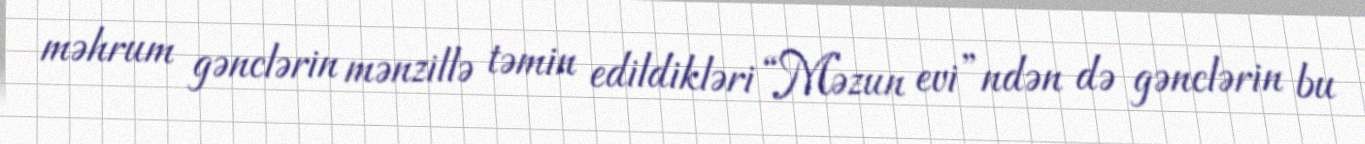
məhrum gənclərin mənzillə təmin edildikləri “Məzun evi”ndən də gənclərin bu